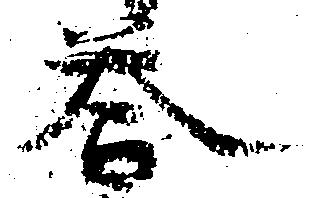
答